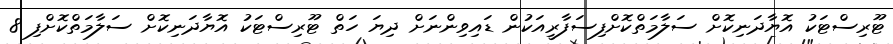
ޓޫރިސްޓަކު އޮޔާދަނިކޮށް ސަލާމަތްކޮށްފިސަފާރީއަކުން ޑައިވިންނަށް ދިޔަ ހަތް ޓޫރިސްޓަކު އޮޔާދަނިކޮށް ސަލާމަތްކޮށްފި 8